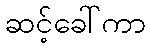
ဆင့်ခေါ်ကာ